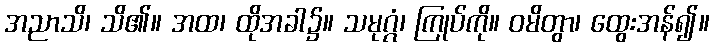
အညာသိ၊ သိ၏။ အထ၊ ထိုအခါ၌။ သမုဂ္ဂံ၊ ကြုပ်ကို။ ဝမိတွာ၊ ထွေးအန်၍။